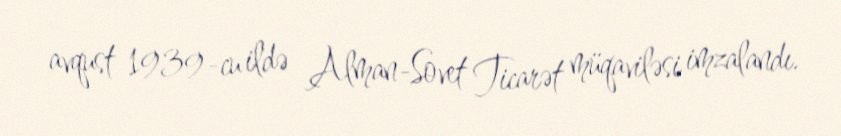
avqust 1939-cu ildə Alman-Sovet Ticarət müqaviləsi imzalandı.